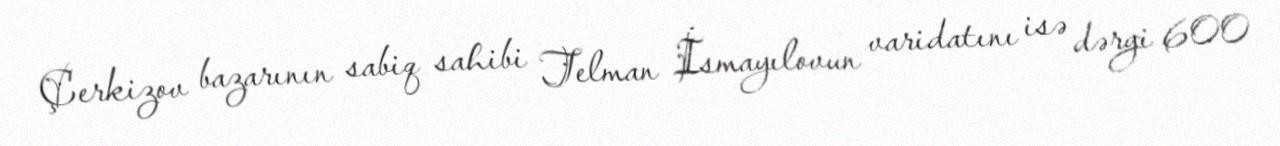
Çerkizov bazarının sabiq sahibi Telman İsmayılovun varidatını isə dərgi 600